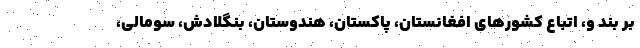
بر بند و، اتباع کشورهای افغانستان، پاکستان، هندوستان، بنگلادش، سومالی،